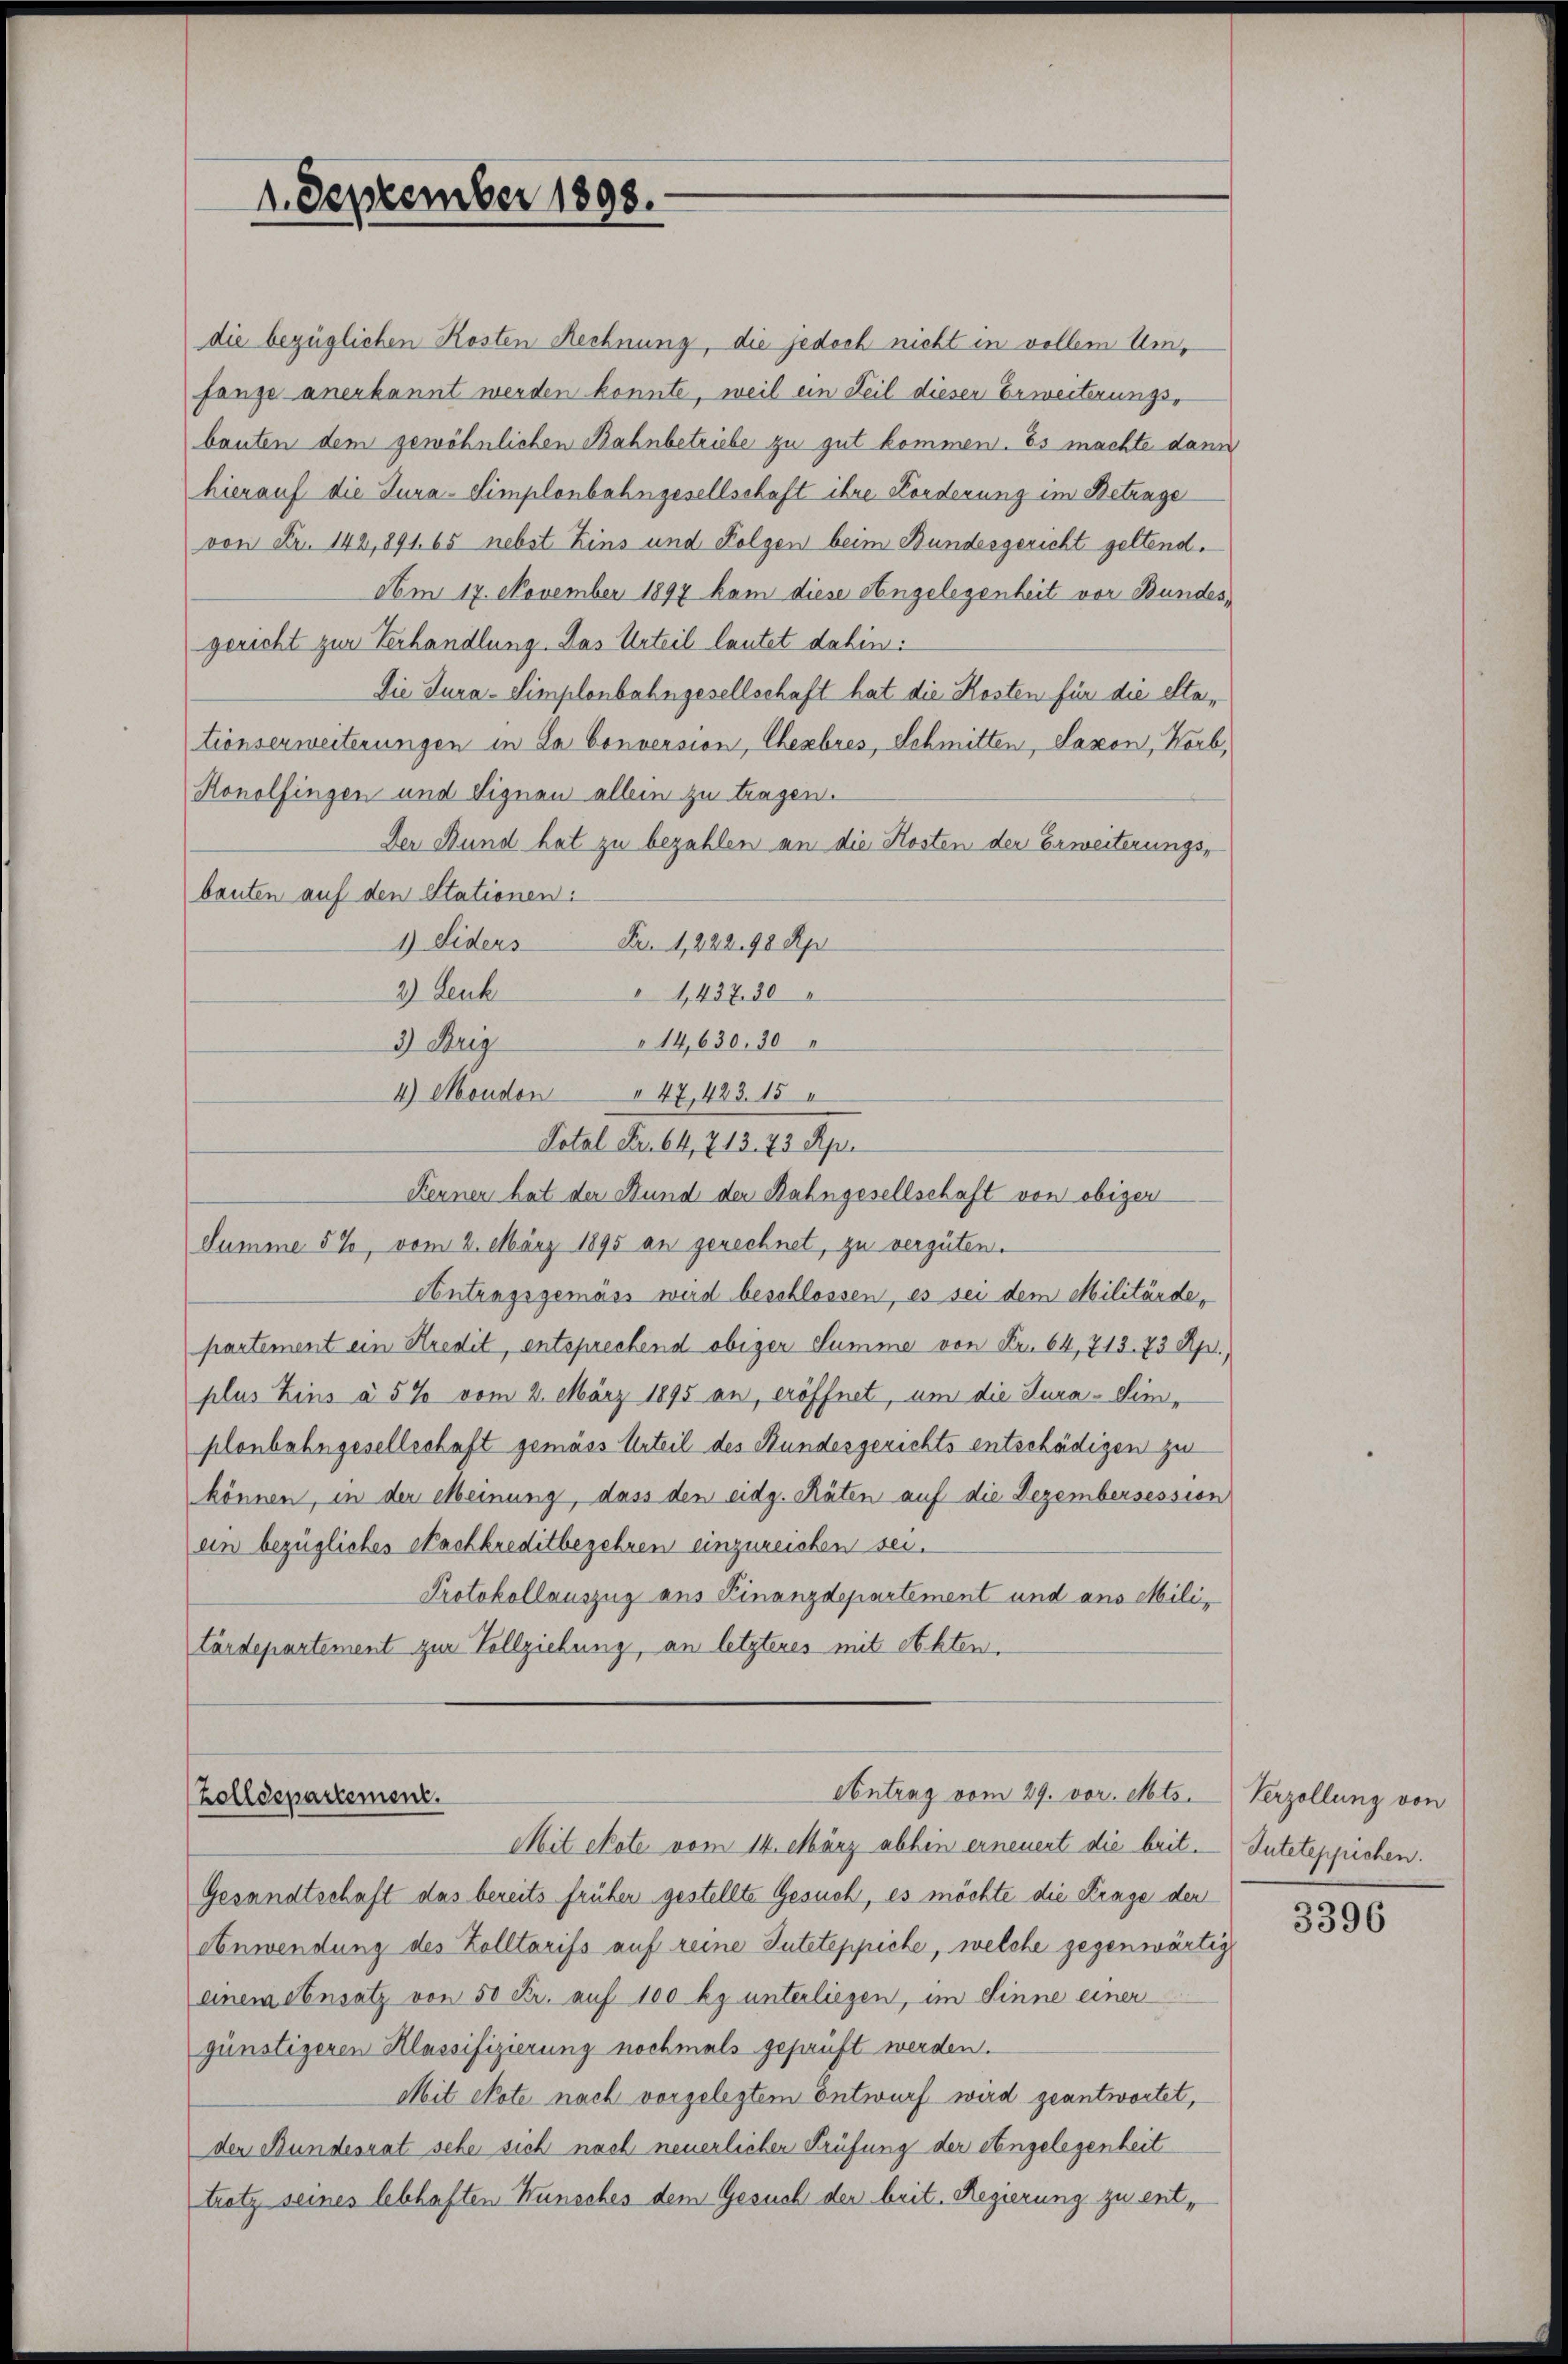
die bezüglichen Kosten Rechnung, die jedoch nicht in vollem Umfange anerkannt werden konnte, weil ein Teil dieser Erweiterungsbauten dem gewöhnlichen Bahnbetriebe zu gut kommen. Es machte dann
hierauf die Jura-Simplonbahngesellschaft ihre Forderung im Betrage
von Fr. 142, 891. 65 nebst Zins und Folgen beim Bundesgericht geltend.
Am 17. November 1897 kam diese Angelegenheit vor Bundesgericht zur Verhandlung. Das Urteil lautet dahin:
Die Jura-Simplonbahngesellschaft hat die Kosten für die etationserweiterungen in La Conversion, Cherbres, Schmitten, Saxon, Korb,
Konolfingen und Signau allein zu tragen.
Der Bund hat zu bezahlen an die Kosten der Erweiterungs-
bauten auf den Stationen:
1) Siders Fr. 1, 22298 Rp
2) Leuk
" 1437. 30
14,630. 30
3) Brig
4) Moudon " 47, 423. 15
Total Fr. 64, 713. 73 Apri
Kernen hat der Stund der Bahngesellschaft von obiger
Summe 5%, vom 2. März 1895 an gerechnet, zu vergüten.
Antragsgemäss wird beschlossen, es sei dem Militärde,
partement ein Kredit, entsprechend obiger Summe von Fr. 64, 715. 73 Rp.
plus Zins à 5 % vom 2. März 1895 an, eröffnet, um die Jura-Simplonbahngesellschaft gemäss Urteil des Stundesgerichts entschädigen zu
können, in der Meinung, dass den eidg. Räten auf die Dezembersession
ein bezügliches Nachkreditbegehren einzureichen sei.
Protokollauszug aus Finanzdepartement und aus Militärdepartement zur Vollziehung, an letzteres mit Abbten.

1. September 1898.

Antrag vom 29. vor. Mts.
Zolldepartement.

Mit etate vom 14. März abhin erneuert die beit.
Gesandtschaft das bereits früher gestellte Gesuch, es möchte die Frage den
Anwendung des Zolltarifs auf reine Inteteppiche, welche gegenwärtig
einem Sensatz von 50 Fr. auf 100 kg unterliegen, im Sinne einer
günstigeren Klassifizierung nochmals gepauft werden.
Mit Note nach vorgelegtem Entwurf wird geantwortet,
der Bundesrat sehe sich nach neuerlicher Prüfung der eingelegenheit
trotz seines lebhaften Wunsches dem Gesuch der beit. Regierung zu ent¬

Verzollung von
Suteteppichen.

3396